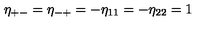
\eta _ { + - } = \eta _ { - + } = - \eta _ { 1 1 } = - \eta _ { 2 2 } = 1